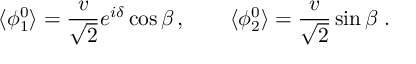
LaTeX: \langle \phi _ { 1 } ^ { 0 } \rangle = \frac { v } { \sqrt { 2 } } e ^ { i \delta } \cos \beta \, , \quad \quad \langle \phi _ { 2 } ^ { 0 } \rangle = \frac { v } { \sqrt { 2 } } \sin \beta \; .